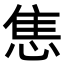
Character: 𢛧